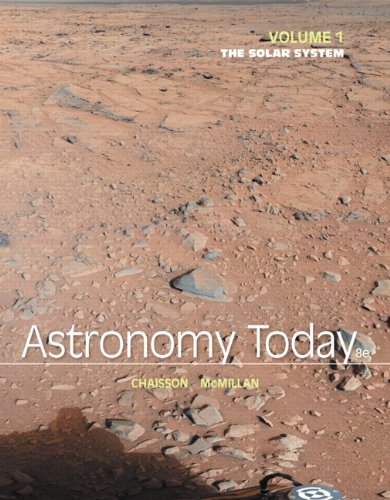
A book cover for Astronomy Today Volume 1: The Solar System (8th Edition); Eric Chaisson; Science & Math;